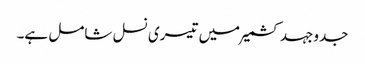
جدوجہد کشمیر میں تیسری نسل شامل ہے۔